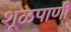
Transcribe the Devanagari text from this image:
शूळपाणी